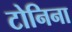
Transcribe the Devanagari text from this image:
टोनिना